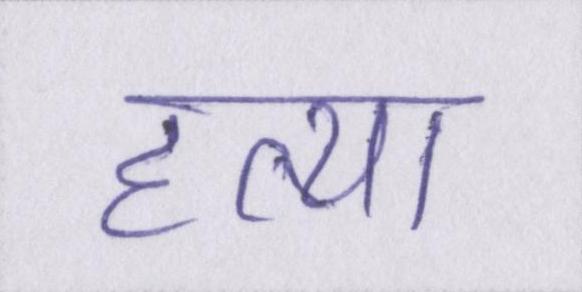
हत्या